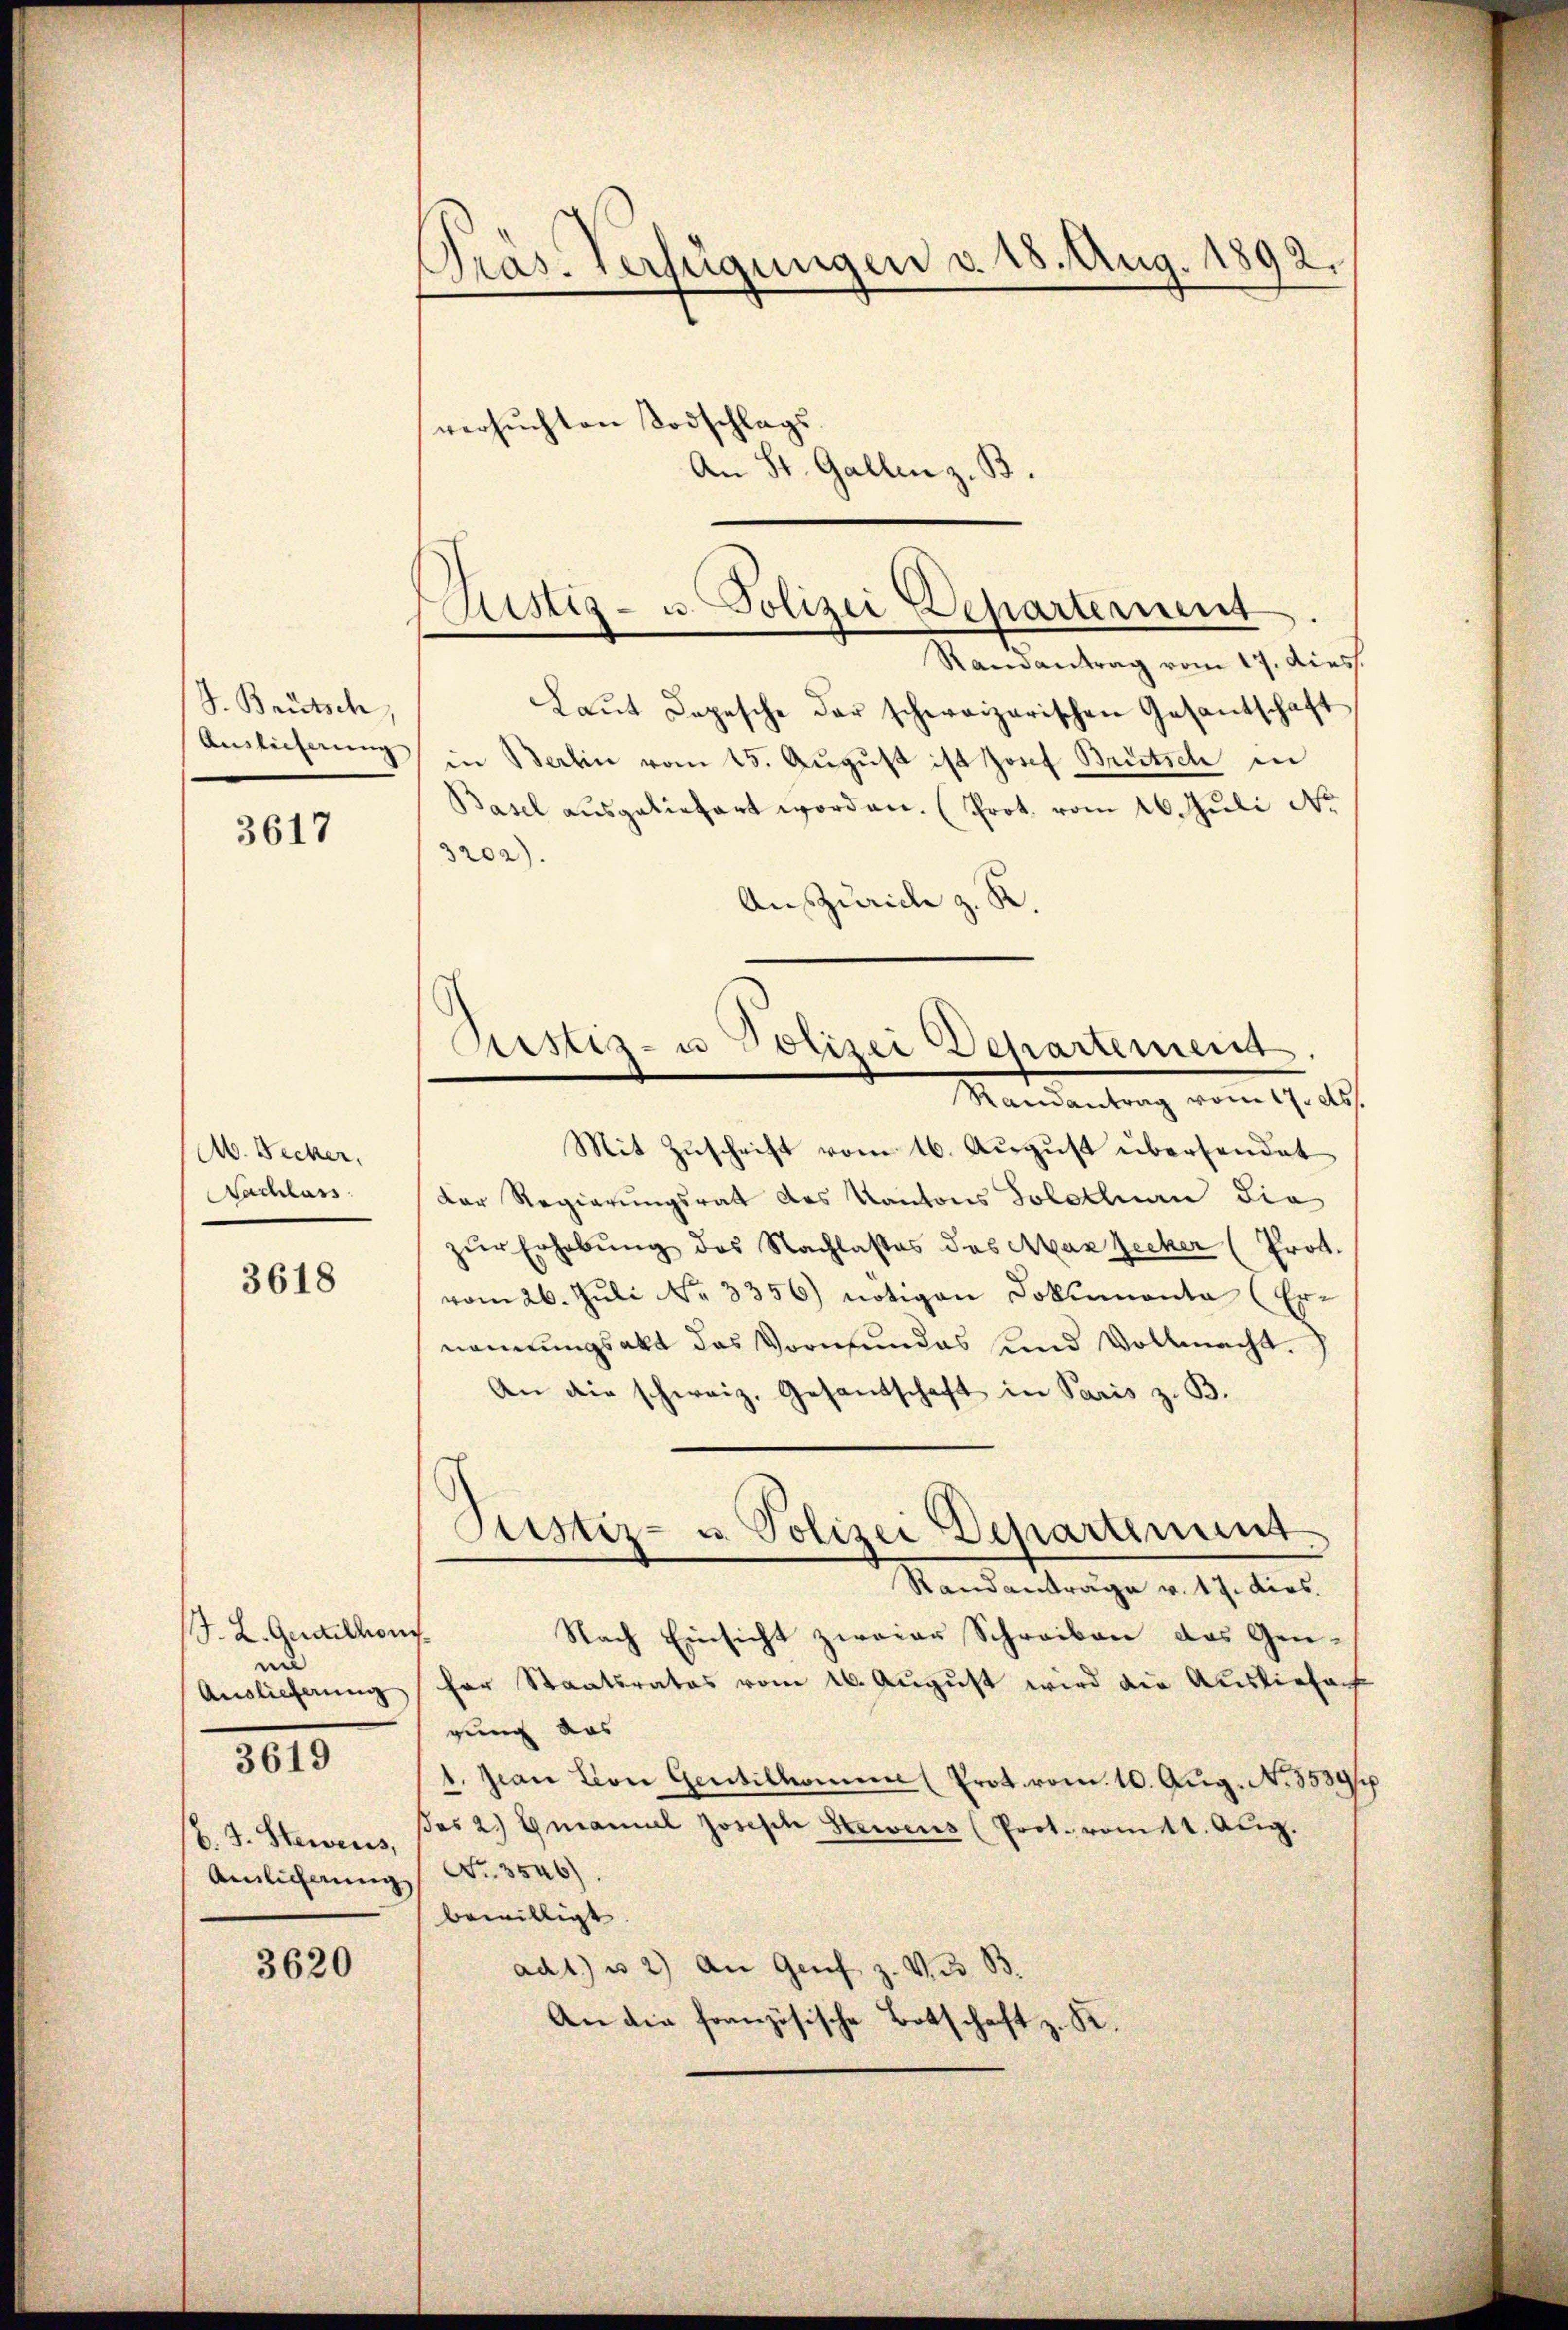
J. Brütsch
Auslieferung

3617

Ab. Becker,
Nachlass

3618

J. L. Geraillons
ne
Auslieferung
b. J. Steweis,
Amlicherung

3619

3620

Präs. Verfügungen v. 18. Aug. 1892.
versuchten Todschlags.
An St. Gallen z. B.

Justiz- u. Polizei Departerient
Randantrag vom 17. diess.

Laut Depesche der schweizerischen Gesantschaft
in Berlin vom 15. August ist Josef Brütsch in
Basel ausgeliefert worden. (Prot. vom 26. Juli No
3202).
Auszurich z. R.

Ristiz- u Polizei Departement.
Mandantrag vom 19. ds.

Justiz- u. Polizei Departement
Randantrage v. 17. dies.

Mit Zuschrift vom 16. August übersendet
Der Regierungsrat des Kantons Solothurn die
zŭr Erhebung des Nachlasses des Max Zecker (Prot.
vom 26. Juli No 3356) nötigen Dokumenta (Ernennungsakt das Vormundes und Vollmacht.
An die schweiz. Gesandschaft in Paris z. B.
Nach Einsicht zweier Schreiben das Genfer Staatsrates vom 16. Aŭgŭst wird die Ausliefach
gung das
1. Jean Lion Gentilhomen (Prot vom 10. Aug. N. 8539/
es 2.) Gmanuel Joseph Steiens (Prot. vom 11. Aug.
Nr. 3546).
bewilligt
adt) u. 2) An Genf z. V. B
An die französische Botschaft z. K.